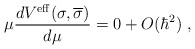
\begin{align*}\mu \frac{dV^{\mathrm{eff}}(\sigma ,\overline{\sigma })}{d\mu }=0+O(\hbar^{2})\;, \end{align*}